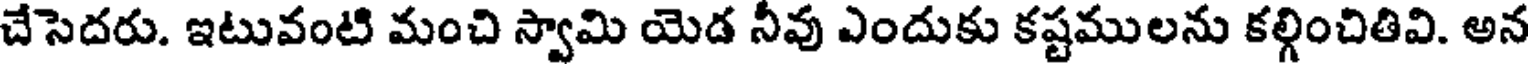
చేసెదరు. ఇటువంటి మంచి స్వామి యెడ నీవు ఎందుకు కష్టములను కల్గించితివి. అన